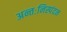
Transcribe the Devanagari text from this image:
अन्तःनिस्पंदन